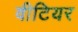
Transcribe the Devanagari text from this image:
वीटियर